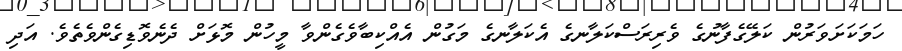
ހަމަކަށަވަރުން ކަލޭގެފާނުގެ ވެރިރަސްކަލާނގެ އެކަލާނގެ މަގުން އެއްކިބާވެގެންވާ މީހުން މޮޅަށް ދެނެވޮޑިގެންވެތެވެ. އަދި